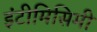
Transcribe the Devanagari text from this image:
इंटीमिसिमी